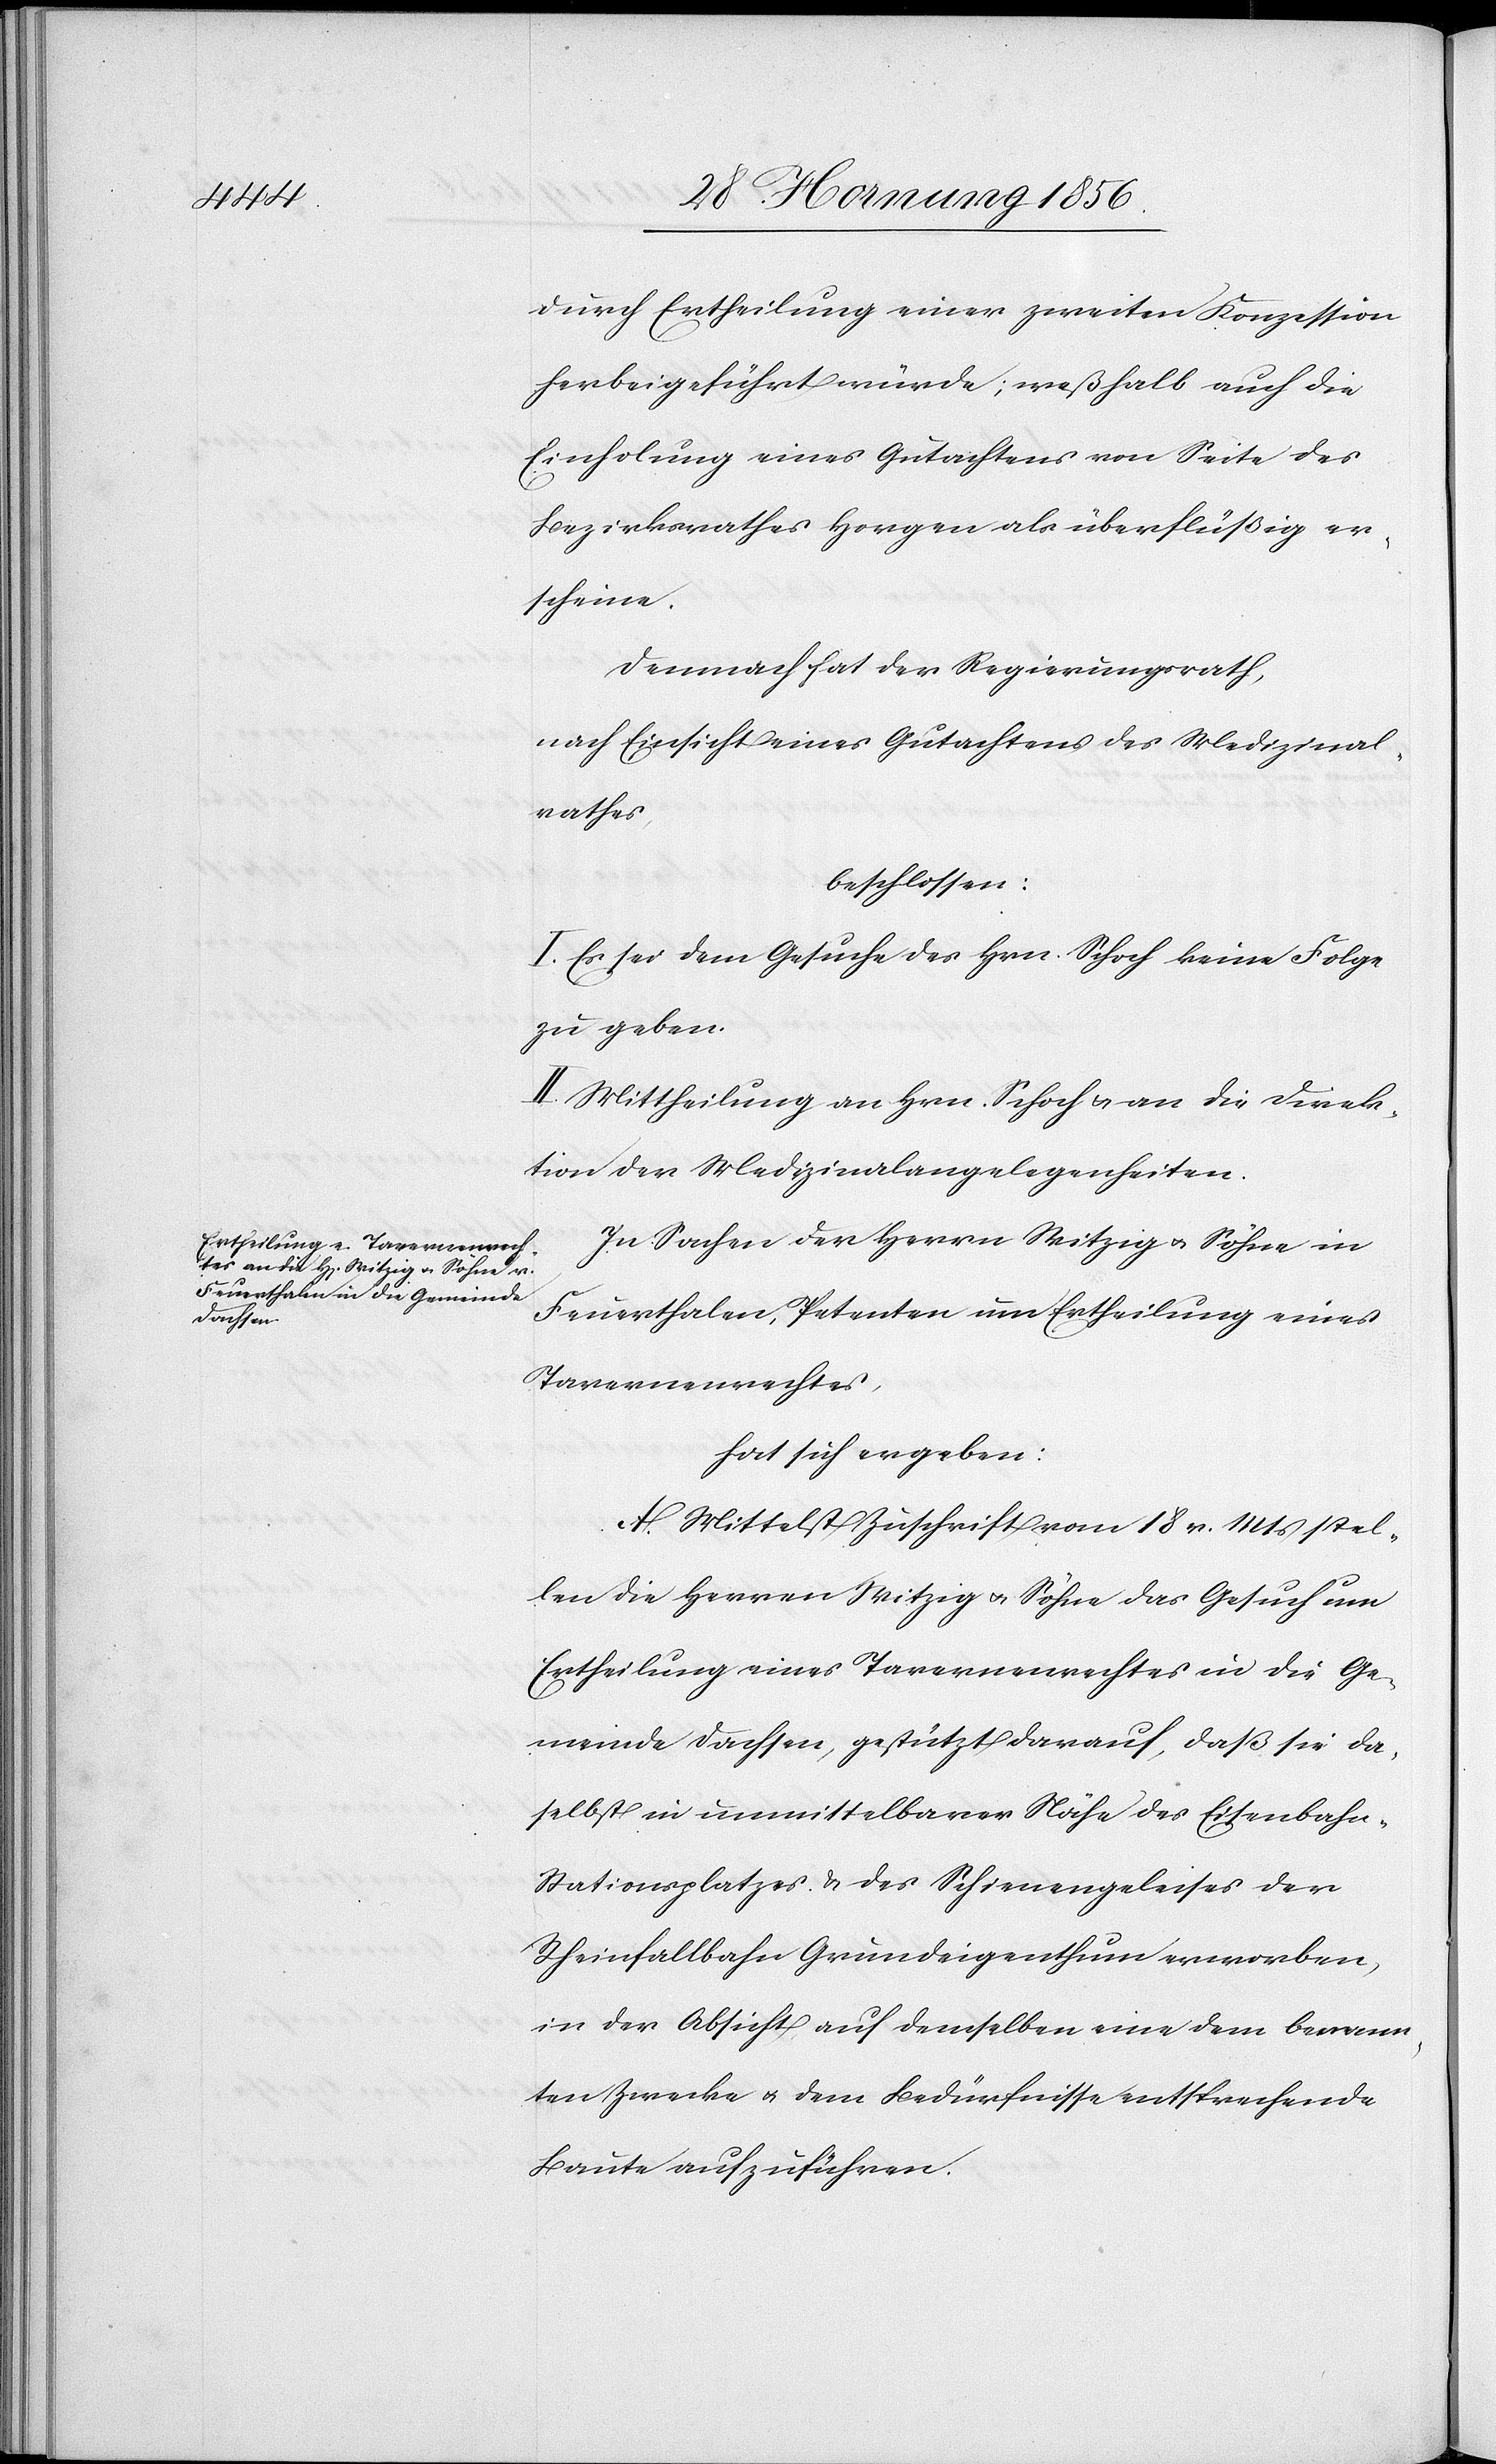
durch Ertheilung einer zweiten Konzession
herbeigeführt würde; weßhalb auch die
Einholung eines Gutachtens von Seite des
Bezirksrathes Horgen als überflüßig er¬
scheine.
Demnach hat der Regierungsrath,
nach Einsicht eines Gutachtens des Medizinal¬
rathes,
beschlossen:
I. Es sei dem Gesuche des Hrn. Schoch keine Folge
zu geben.
II. Mittheilung an Hrn. Schoch u. an die Direk¬
tion der Medizinalangelegenheiten.
In Sachen der Herrn Witzig u. Söhne in
Feuerthalen, Petenten um Ertheilung eines
Tavernenrechtes,
hat sich ergeben:
A. Mittelst Zuschrift vom 18 v. Mts stel¬
len die Herren Witzig u. Söhne das Gesuch um
Ertheilung eines Tavernenrechtes in die Ge¬
meinde Dachsen, gestützt darauf, daß sie da¬
selbst in unmittelbarer Nähe des Eisenbahn-S¬
tationsplatzes & des Schienengeleises der
Rheinfallbahn Grundeigenthum erworben,
in der Absicht auf demselben eine dem benann¬
ten Zwecke u. dem Bedürfnisse entsprechende
Baute aufzuführen.